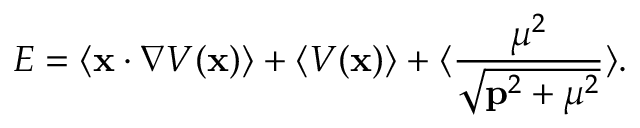
E = \langle { \bf x } \cdot \nabla V ( { \bf x } ) \rangle + \langle V ( { \bf x } ) \rangle + \langle { \frac { { \mu } ^ { 2 } } { \sqrt { { \bf p } ^ { 2 } + { \mu } ^ { 2 } } } } \rangle .